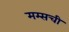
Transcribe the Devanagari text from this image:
मम्सची